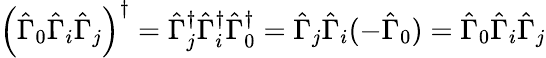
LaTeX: \left(\hat{\Gamma}_{0}\hat{\Gamma}_{i}\hat{\Gamma}_{j}\right)^{\dagger}=\hat{\Gamma}_{j}^{\dagger}\hat{\Gamma}_{i}^{\dagger}\hat{\Gamma}_{0}^{\dagger}=\hat{\Gamma}_{j}\hat{\Gamma}_{i}(-\hat{\Gamma}_{0})=\hat{\Gamma}_{0}\hat{\Gamma}_{i}\hat{\Gamma}_{j}